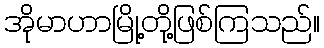
အိုမာဟာမြို့တို့ဖြစ်ကြသည်။